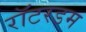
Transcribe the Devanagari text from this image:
रॉटरडम